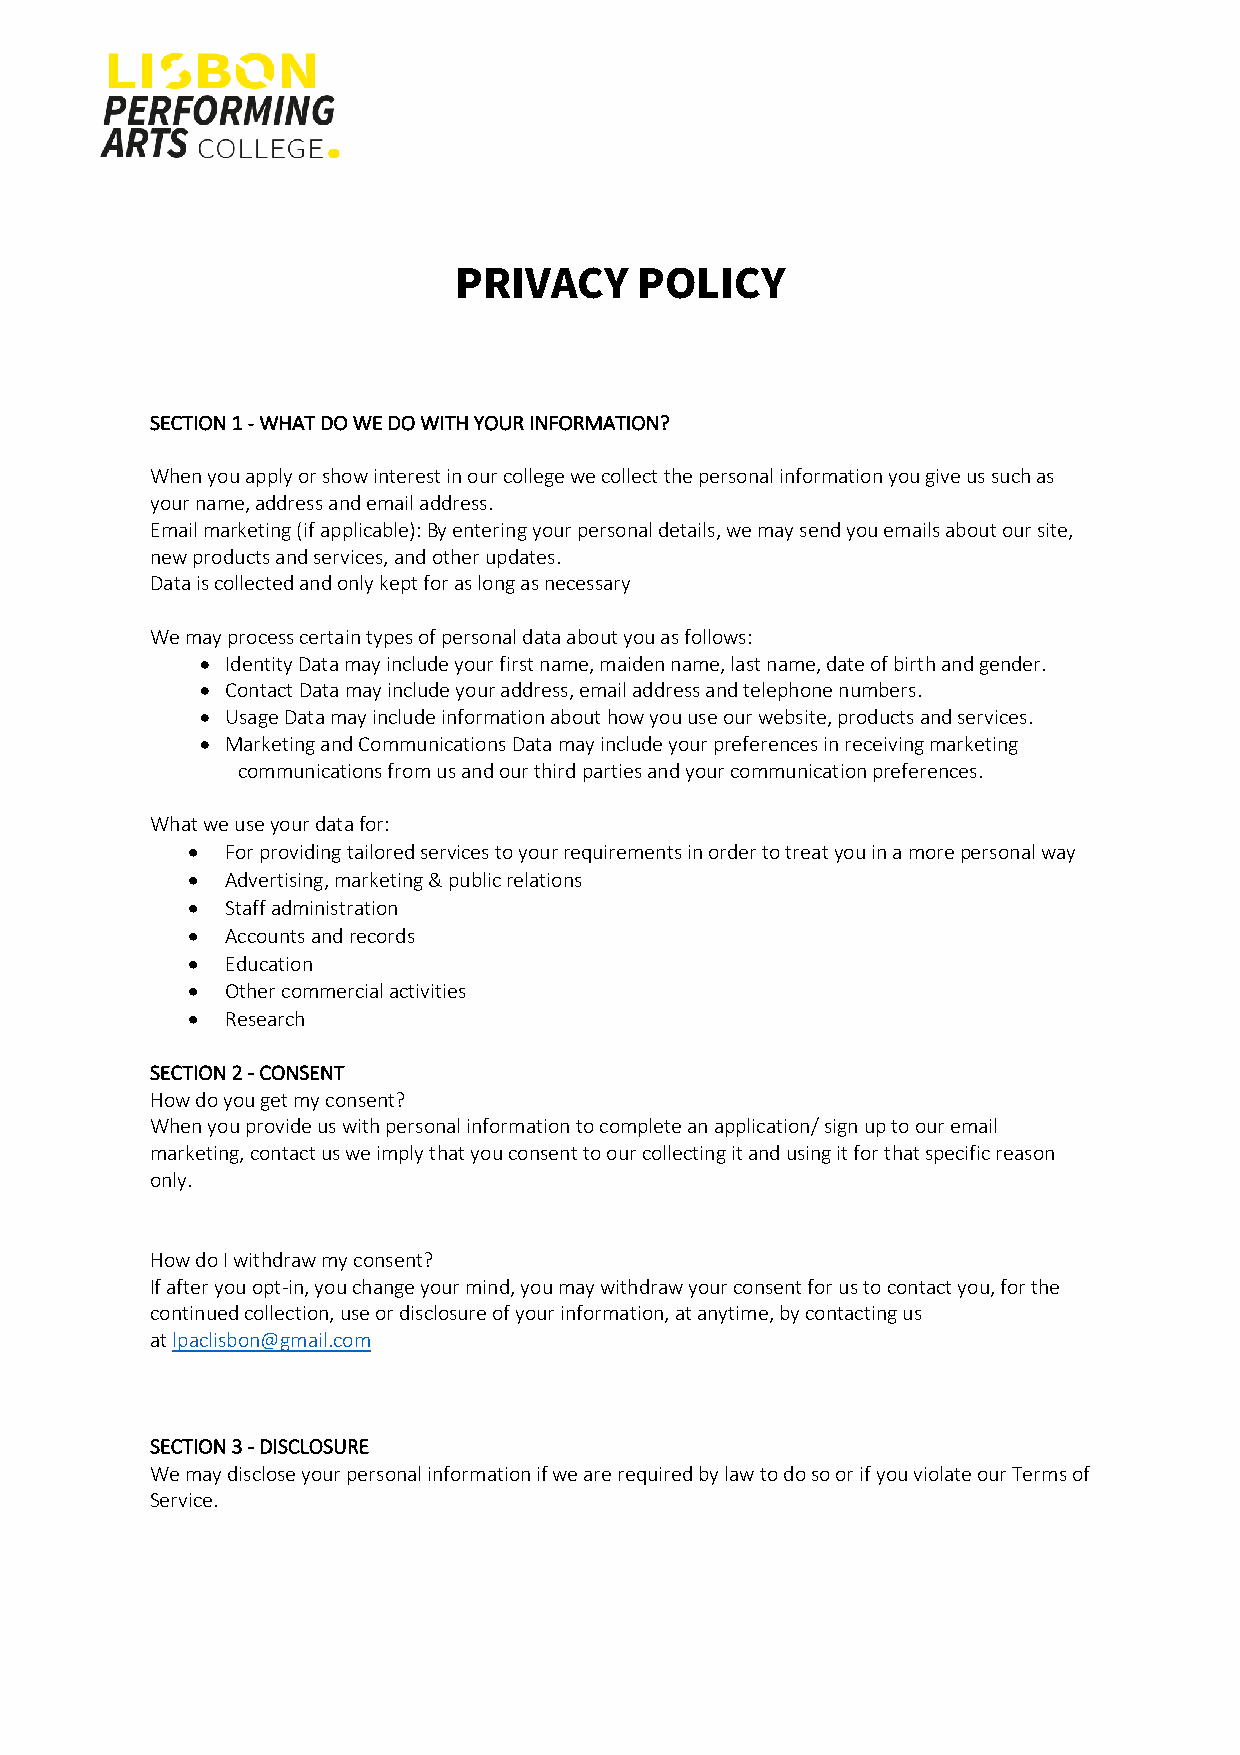
PRIVACY     POLICY
 SECTION 1 - WHAT DO WE DO WITH YOUR INFORMATION?
 When you apply or show interest in our college we collect the personal information you give us such as
 your name, address and email address.
 Email marketing (if applicable): By entering your personal details, we may send you emails about our site,
 new products and services, and other updates.
 Data is collected and only kept for as long as necessary
 We may process certain types of personal data about you as follows:
 • Identity Data may include your first name, maiden name, last name, date of birth and gender.
 • Contact Data may include your address, email address and telephone numbers.
 • Usage Data may include information about how you use our website, products and services.
 • Marketing and Communications Data may include your preferences in receiving marketing
 communications from us and our third parties and your communication preferences.
 What we use your data for:
 •  For providing tailored services to your requirements in order to treat you in a more personal way
 •  Advertising, marketing & public relations
 •  Staff administration
 •  Accounts and records
 •  Education
 •  Other commercial activities
 •  Research
 SECTION 2 - CONSENT
 How do you get my consent?
 When you provide us with personal information to complete an application/ sign up to our email
 marketing, contact us we imply that you consent to our collecting it and using it for that specific reason
 only.
 How do I withdraw my consent?
 If after you opt-in, you change your mind, you may withdraw your consent for us to contact you, for the
 continued collection, use or disclosure of your information, at anytime, by contacting us
 at lpaclisbon@gmail.com
 SECTION 3 - DISCLOSURE
 We may disclose your personal information if we are required by law to do so or if you violate our Terms of
 Service.